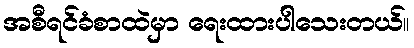
အစီရင်ခံစာထဲမှာ ရေးထားပါသေးတယ်။